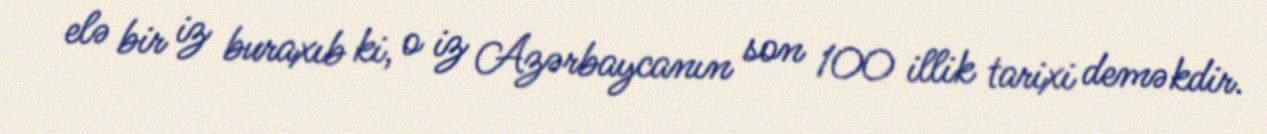
elə bir iz buraxıb ki, o iz Azərbaycanın son 100 illik tarixi deməkdir.